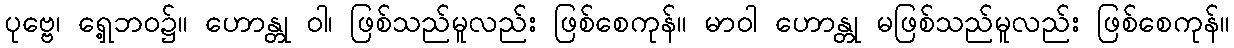
ပုဗ္ဗေ၊ ရှေ့ဘဝ၌။ ဟောန္တု ဝါ၊ ဖြစ်သည်မူလည်း ဖြစ်စေကုန်။ မာဝါ ဟောန္တု မဖြစ်သည်မူလည်း ဖြစ်စေကုန်။